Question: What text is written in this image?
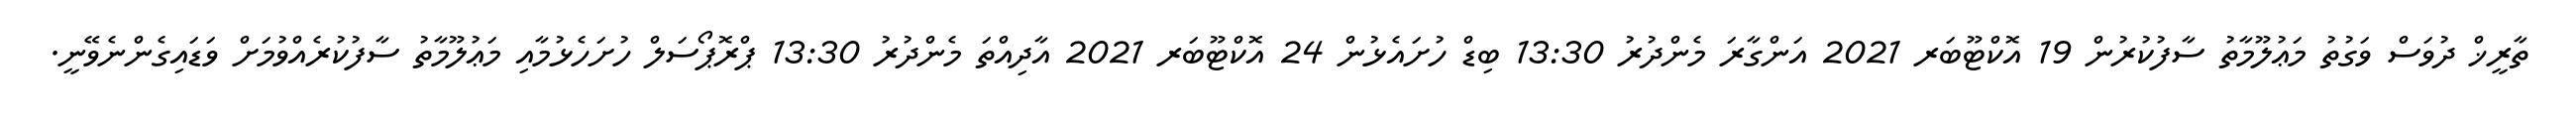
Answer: ތާރީޚް ދުވަސް ވަގުތު މަޢުލޫމާތު ސާފުކުރުން 19 އޮކްޓޫބަރ 2021 އަންގާރަ މެންދުރު 13:30 ބިޑް ހުށައެޅުން 24 އޮކްޓޫބަރ 2021 އާދިއްތަ މެންދުރު 13:30 ޕްރޮޕޯސަލް ހުށަހެޅުމާއި މަޢުލޫމާތު ސާފުކުރެއްވުމަށް ވަޑައިގެންނެވޭނީ.